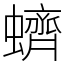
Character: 蠐